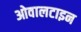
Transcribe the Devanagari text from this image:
ओवालटाइन